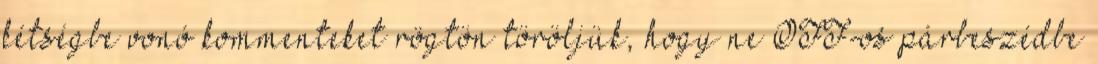
kétségbe vonó kommenteket rögtön töröljük, hogy ne OFF-os párbeszédbe